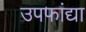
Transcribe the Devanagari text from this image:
उपफांद्या